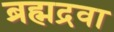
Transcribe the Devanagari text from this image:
ब्रह्मद्रवा